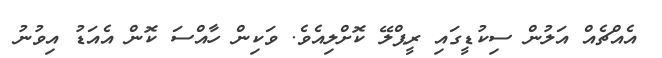
އެއްޗެއް އަލުން ސިކުޑީގައި ރީޕްލޭ ކޮށްލިއެވެ. ވަކިން ހާއްސަ ކޮން އެއަޑު އިވުނު